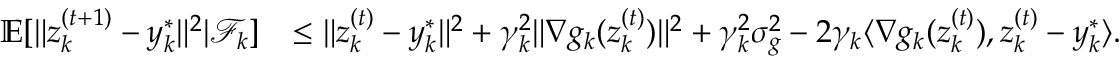
\begin{array} { r l } { \mathbb { E } [ \| z _ { k } ^ { ( t + 1 ) } - y _ { k } ^ { * } \| ^ { 2 } | \mathcal { F } _ { k } ] } & { \le \| z _ { k } ^ { ( t ) } - y _ { k } ^ { * } \| ^ { 2 } + \gamma _ { k } ^ { 2 } \| \nabla g _ { k } ( z _ { k } ^ { ( t ) } ) \| ^ { 2 } + \gamma _ { k } ^ { 2 } \sigma _ { g } ^ { 2 } - 2 \gamma _ { k } \langle \nabla g _ { k } ( z _ { k } ^ { ( t ) } ) , z _ { k } ^ { ( t ) } - y _ { k } ^ { * } \rangle . } \end{array}